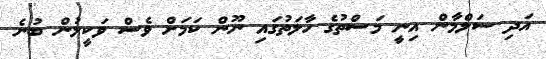
އަދި ސަލްމާން އިނީ މަސްތުގެ ހާލަތުގައި ނޫން ކަމަށް ވެސް ވަކީލުން ބުނެ